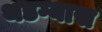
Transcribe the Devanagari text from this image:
थडग्यास